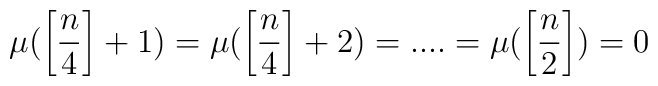
\mu (\left[ \frac{n}{4}\right] +1)=\mu (\left[ \frac{n}{4}\right] +2)=....=\mu (\left[ \frac{n}{2}\right] )=0